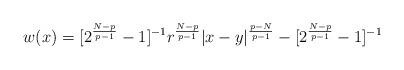
LaTeX: \begin{align*}w(x)=[2^{\frac{N-p}{p-1}}-1]^{-1} r^{\frac{N-p}{p-1}}|x-y|^{\frac{p-N}{p-1}}-[2^{\frac{N-p}{p-1}}-1]^{-1}\end{align*}